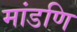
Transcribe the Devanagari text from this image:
मांडणि